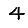
Digit: 4